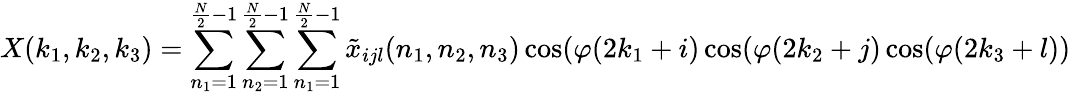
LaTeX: X(k_{1},k_{2},k_{3})=\sum_{n_{1}=1}^{{\frac{N}{2}}-1}\sum_{n_{2}=1}^{{\frac{N}{2}}-1}\sum_{n_{1}=1}^{{\frac{N}{2}}-1}{\tilde{x}}_{ijl}(n_{1},n_{2},n_{3})\cos(\varphi(2k_{1}+i)\cos(\varphi(2k_{2}+j)\cos(\varphi(2k_{3}+l))